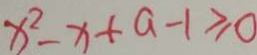
x ^ { 2 } - x + a - 1 \geq 0